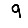
Digit: 9